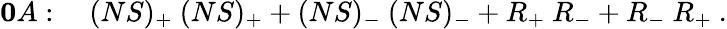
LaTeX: {\mathbf 0A}:\quad(NS)_{+}\ (NS)_{+}+(NS)_{-}\ (NS)_{-}+R_{+}\ R_{-}+R_{-}\ R_{+}\ .